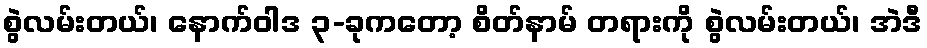
စွဲလမ်းတယ်၊ နောက်ဝါဒ ၃-ခုကတော့ စိတ်နာမ် တရားကို စွဲလမ်းတယ်၊ အဲဒီ